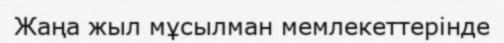
Жаңа жыл мұсылман мемлекеттерінде